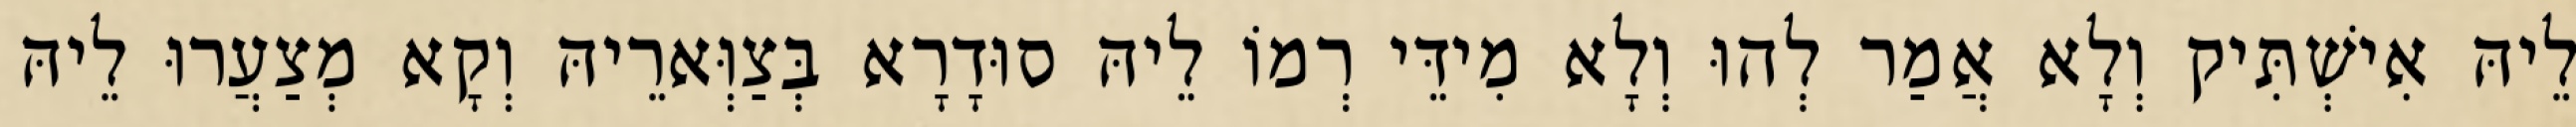
לֵיהּ אִישְׁתִּיק וְלָא אֲמַר לְהוּ וְלָא מִידֵּי רְמוֹ לֵיהּ סוּדָרָא בְּצַוְּארֵיהּ וְקָא מְצַעֲרוּ לֵיהּ